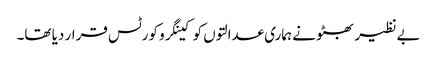
بے نظیر بھٹو نے ہماری عدالتوں کو کینگرو کورٹس قرار دیا تھا۔